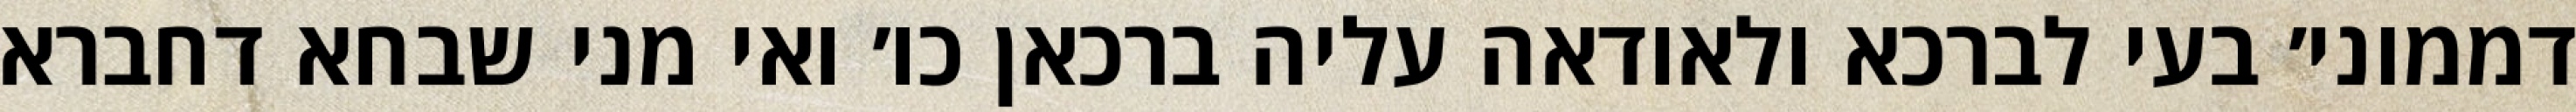
דממוני׳ בעי לברכא ולאודאה עליה ברכאן כו׳ ואי מני שבחא דחברא